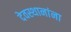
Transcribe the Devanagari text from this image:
देवस्थानांना